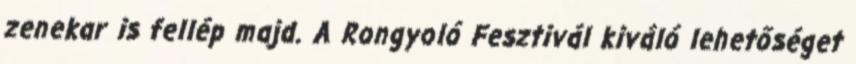
zenekar is fellép majd. A Rongyoló Fesztivál kiváló lehetőséget